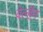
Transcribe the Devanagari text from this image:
वेल्हैम